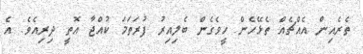
ތެރެއިން އެއްޗެއް ތެޅޭހެން ހީވެގެން ބެލިއިރު ފުރަތަމަ ކުއްޖާ އޮތީ ދިރިއެވެ. އެ